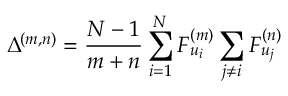
\Delta ^ { ( m , n ) } = \frac { N - 1 } { m + n } \sum _ { i = 1 } ^ { N } F _ { u _ { i } } ^ { ( m ) } \sum _ { j \neq i } F _ { u _ { j } } ^ { ( n ) }